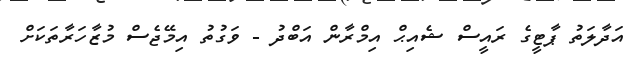
އަދާލަތު ޕާޓީގެ ރައީސް ޝެއިޙް އިމްރާން އަބްދު - ވަގުތު އިމޭޖެސް މުޒާހަރާތަކަށް